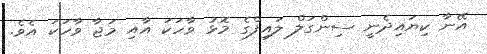
އޭނާ ކިޔައިދެނީ ސިންގަލް ލައިފްގެ މޮޅު ވާހަކަ އާއި މަޖާ ވާހަކަ އެވެ.